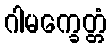
ဂါမက္ခေတ္တံ